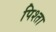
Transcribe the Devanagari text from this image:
पिश्ता